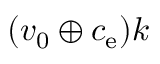
( v _ { 0 } \oplus c _ { \mathrm { e } } ) k